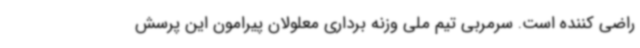
راضی کننده است. سرمربی تیم ملی وزنه برداری معلولان پیرامون این پرسش